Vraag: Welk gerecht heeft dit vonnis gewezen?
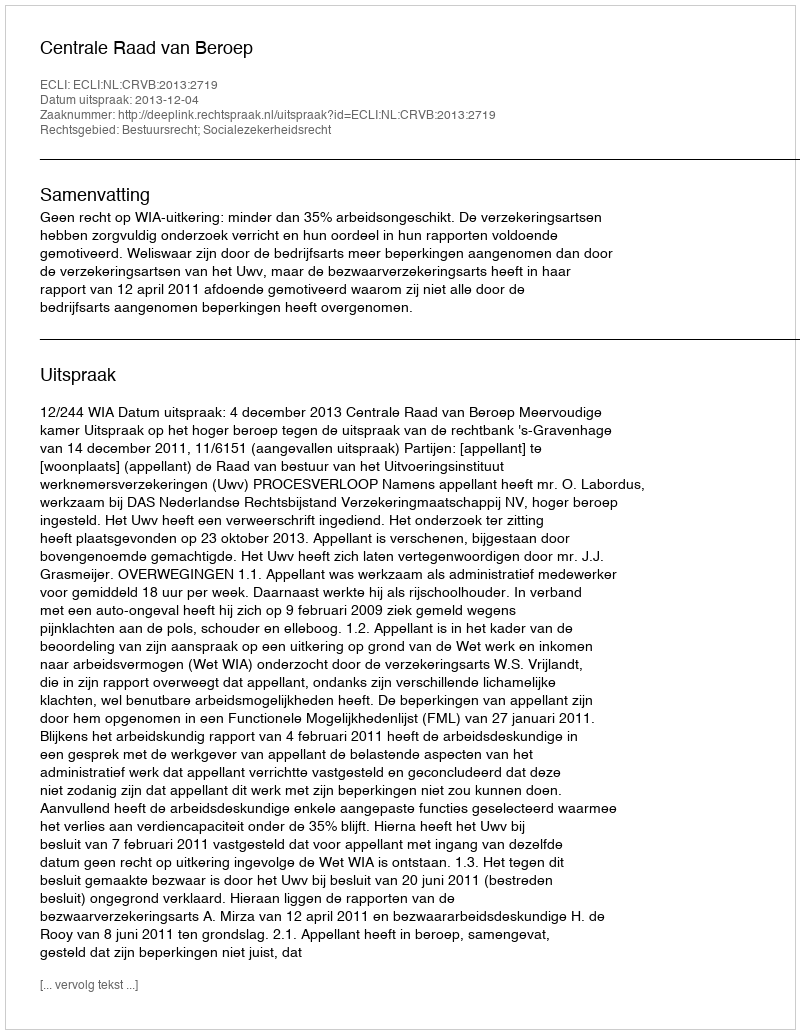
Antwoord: Centrale Raad van Beroep